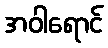
အဝါရောင်